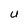
Character: U